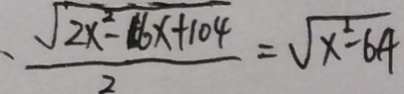
\frac { \sqrt { 2 x ^ { 2 } - 1 6 x + 1 0 4 } } { 2 } = \sqrt { x ^ { 2 } - 6 4 }